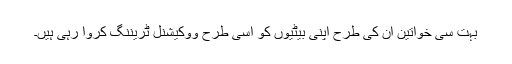
بہت سی خواتین ان کی طرح اپنی بیٹیوں کو اسی طرح ووکیشنل ٹریننگ کروا رہی ہیں۔